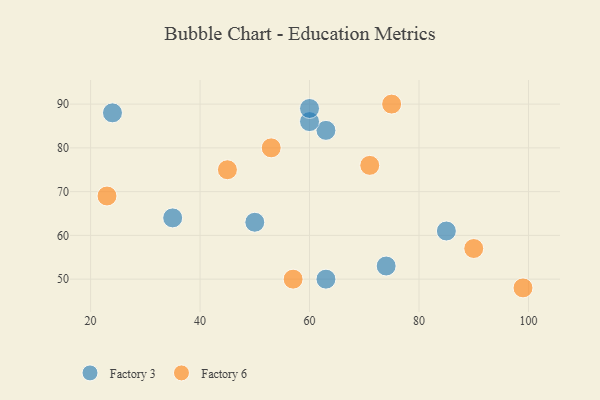
{"axis": {"x": "GDP", "y": "Life Expectancy"}, "legend": ["Factory 3", "Factory 6"], "data": [{"x": "63", "y": 84, "type": "Factory 3"}, {"x": "85", "y": 61, "type": "Factory 3"}, {"x": "63", "y": 50, "type": "Factory 3"}, {"x": "50", "y": 63, "type": "Factory 3"}, {"x": "74", "y": 53, "type": "Factory 3"}, {"x": "60", "y": 86, "type": "Factory 3"}, {"x": "35", "y": 64, "type": "Factory 3"}, {"x": "60", "y": 89, "type": "Factory 3"}, {"x": "24", "y": 88, "type": "Factory 3"}, {"x": "99", "y": 48, "type": "Factory 6"}, {"x": "71", "y": 76, "type": "Factory 6"}, {"x": "90", "y": 57, "type": "Factory 6"}, {"x": "75", "y": 90, "type": "Factory 6"}, {"x": "45", "y": 75, "type": "Factory 6"}, {"x": "23", "y": 69, "type": "Factory 6"}, {"x": "57", "y": 50, "type": "Factory 6"}, {"x": "53", "y": 80, "type": "Factory 6"}]}